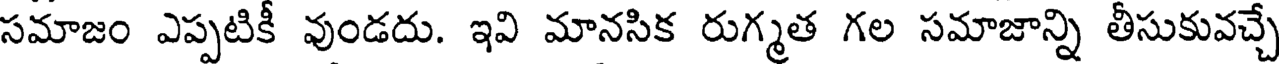
సమాజం ఎప్పటికీ వుండదు. ఇవి మానసిక రుగ్మత గల సమాజాన్ని తీసుకువచ్చే